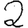
Digit: 2